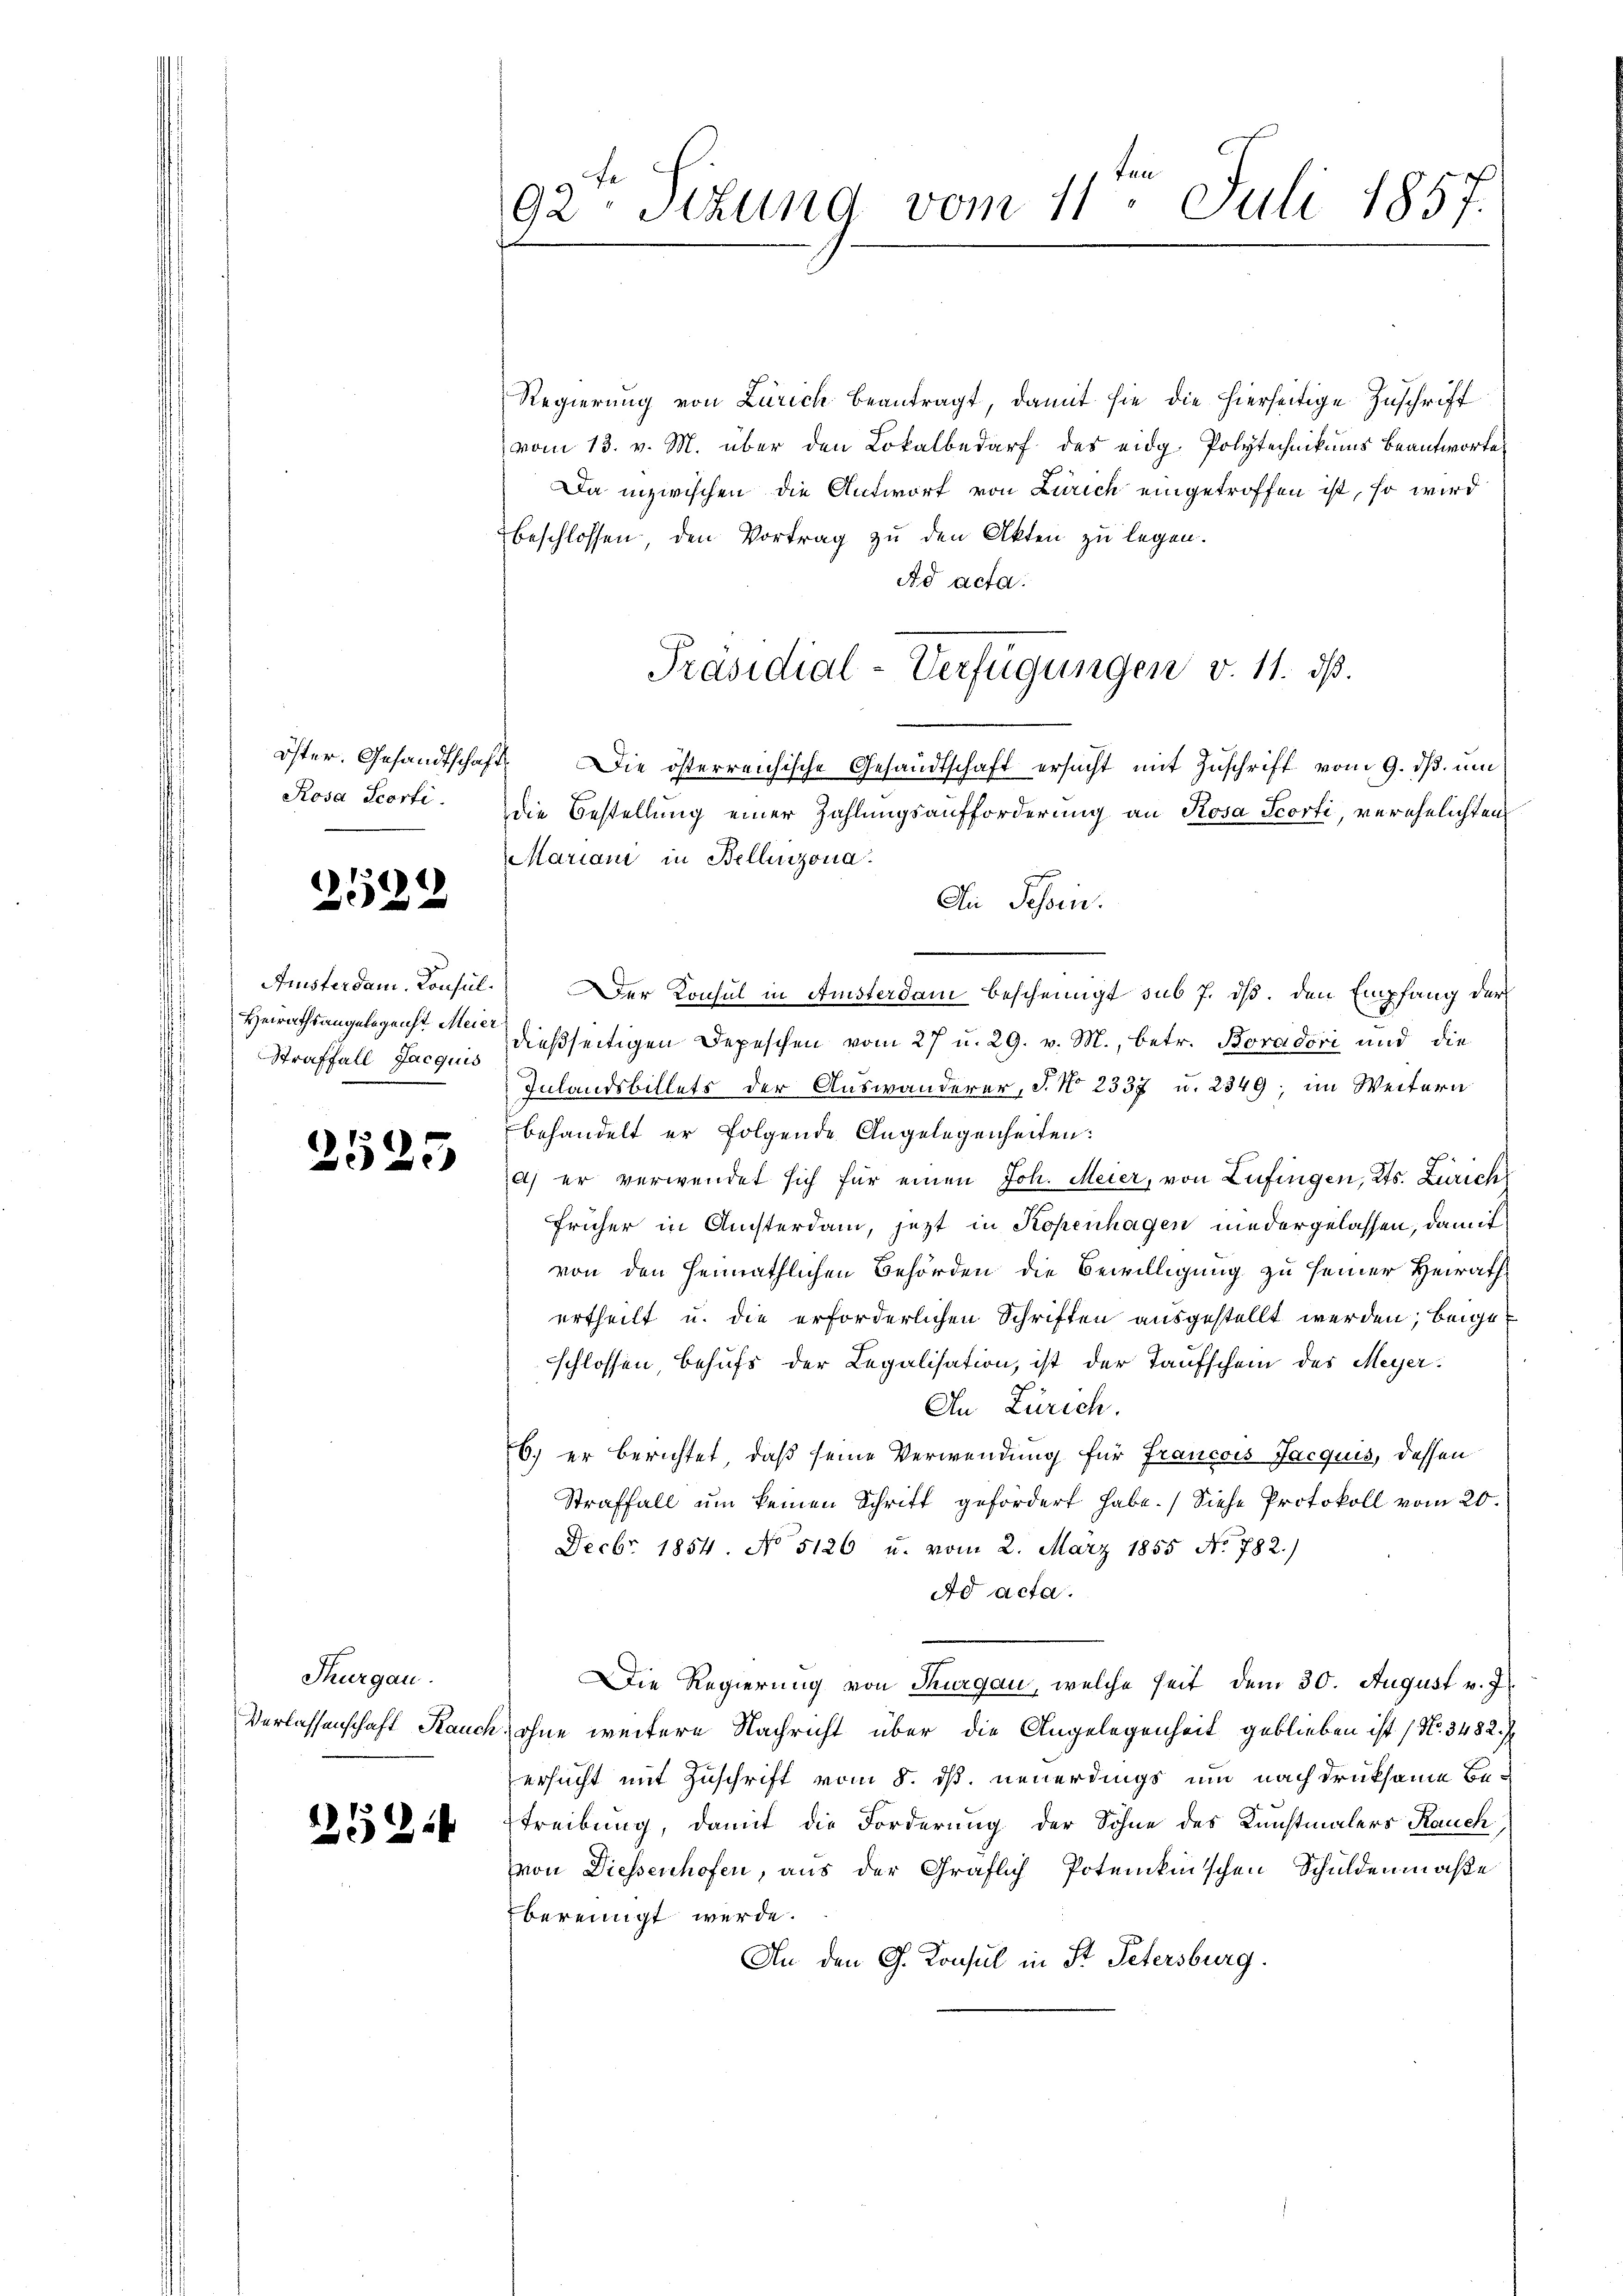
Rosa Scorti

)
222

Aristerdam. Konsul¬
Heirathsangelegenst Meier
Straffall Jacquis

2525

Thurgau.

2524

92 schung vom 11. Juli 1857.

Regierung von Zürich beantragt, damit sie die hierseitige Zuschrift
vom 13. v. M. über den Lokalbedarf des eidg. Polytechnikums beantworte
Da inzwischen die Antwort von Zürich eingetroffen ist, so wird
beschlossen, den Vortrag zu den Akten zu legen.
Ad acta.
öster. Gesandtschaft. Die österreichische Gesandtschaft ersucht mit Zuschrift vom 9. ds. um
die Bestellung einer Zahlungsaufforderung an Rosa Scorti, verehelichten
Mariani in Bellinzona.
Ai Tessin.
Der Konsul in Amsterdam bescheinigt sub 7. ds. den Empfang der
dießseitigen Depeschen vom 27 u. 29. v. M., betr. Boradori und die
Inlandsbillets der Auswanderer, J. No. 2337 u. 2849; im Weitern
behandelt er folgende Angelegenheiten:
a) er verwendet sich für einen Joh. Meier, von Lufingen, Kts. Zürich
früher in Ansterdam, jezt in Kopenhagen niedergelassen, damit
von den Heimathlichen Behörden die Bewilligung zu seiner Heirath
ertheilt u. die erforderlichen Schriften ausgestellt werden; beigeschlossen, behufs der Legalisation, ist der Taufschein des Meyer¬
An Zürich.
6) er berichtet, daß seine Verwendung für Francois Jacquis, dessen
Straffall um keinen Schritt gefördert habe. Siehe Protokoll vom 20.
Fecbr. 1854 No 5126 u. vom 2. März 1855 No 782.)
Ad acta.
Die Regierung von Thurgau, welche seit dem 30. August v. J.
Verlassenschaft Rauch, ohne weitere Nachricht über die Angelegenheit geblieben ist (No. 3482. I
ersucht mit Zuschrift vom 8. ds neuerdings um nachdruksame Be¬
Treibung, damit die Forderung der Sohne des Kunstmalers Rauch,
von Diessenhofen, aus der Gräflich Potenknischen Schuldenmaße
bereinigt werde.
An den G. Konsul in St. Petersburg.

Präsidial-Verfügungen v. 11. ds.